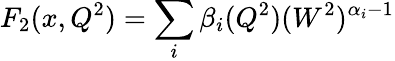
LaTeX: F_{2}(x,Q^{2})=\sum_{i}\beta_{i}(Q^{2})(W^{2})^{\alpha_{i}-1}